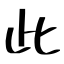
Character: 此